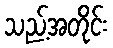
သည့်အတိုင်း